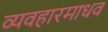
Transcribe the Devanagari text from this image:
व्यवहारमाधव